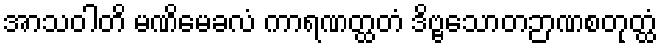
အာသဝါတိ မဏိမေခလံ ကာရဏတ္ထတံ ဒိဗ္ဗသောတဉာဏစတုတ္ထံ